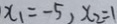
x _ { 1 } = - 5 , x _ { 2 } = 1